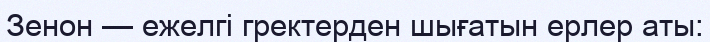
Зенон — ежелгі гректерден шығатын ерлер аты: